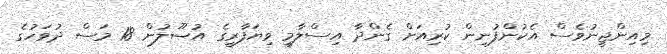
މިއިންޖީނުވެސް އެކުންފުނިން ކުރިއަށް ގެންދާ އިސްލާމީ ވިޔަފާރީގެ އުޞޫލުން 18 މަސް ދުވަހުގެ